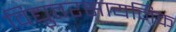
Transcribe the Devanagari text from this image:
विद्युतरसायनिक